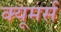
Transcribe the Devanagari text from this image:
क्यूमर्स